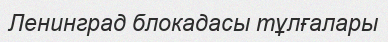
Ленинград блокадасы тұлғалары